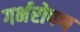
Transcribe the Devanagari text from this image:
गर्भरोपण